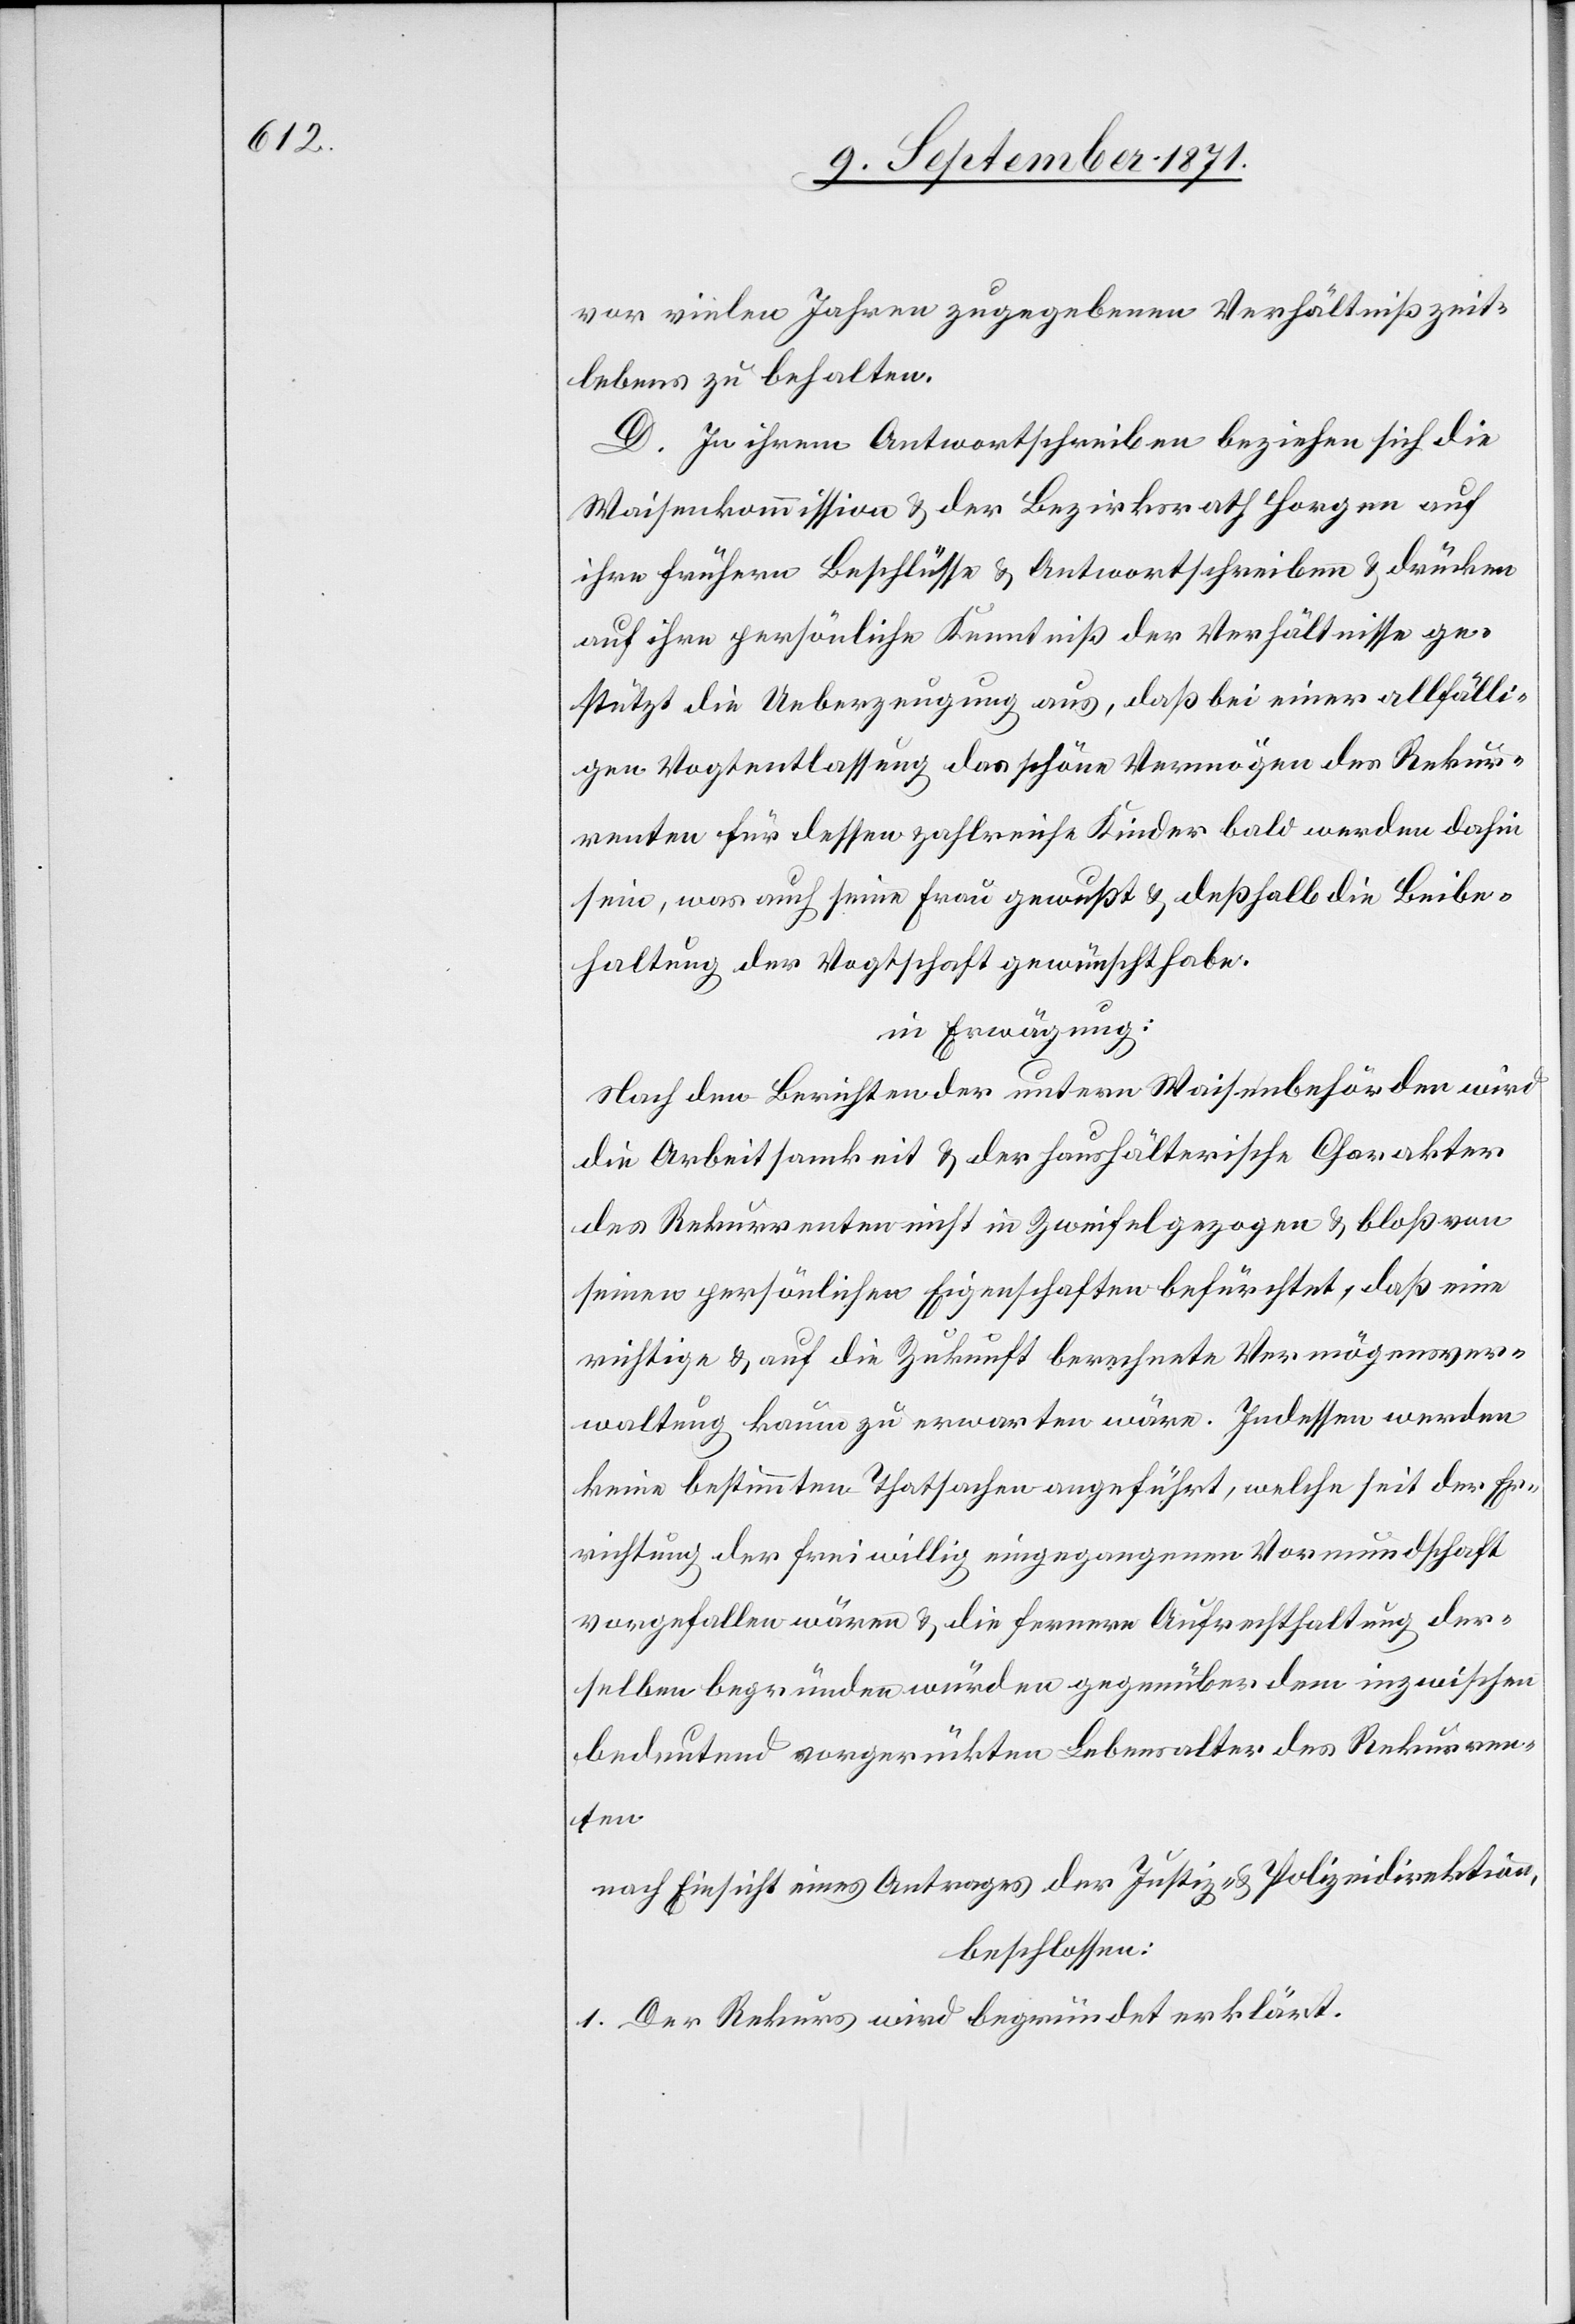
vor vielen Jahren zugegebenen Verhältniß zeit¬
lebens zu behalten.
D. In ihrem Antwortschreiben beziehen sich die
Waisenkommission & der Bezirksrath Horgen auf
ihre früheren Entschlüsse & Antwortschreiben & drücken
auf ihre persönliche Kenntniß der Verhältnisse ge¬
stützt die Ueberzeugung aus, daß bei einer allfälli¬
gen Vogtentlassung das schöne Vermögen des Rekur¬
renten für dessen zahlreiche Kinder bald werde dahin
sein, was auch seine Frau gewusst & deßhalb die Beibe¬
haltung der Vogtschaft gewünscht habe.
in Erwägung:
Nach den Berichten der untern Waisenbehörden wird
die Arbeitsamkeit & der haushälterische Charakter
des Rekurrenten nicht in Zweifel gezogen & bloß von
seinen persönlichen Eigenschaften befürchtet, daß eine
richtige & auf die Zukunft berechnete Vermögensver¬
waltung kaum zu erwarten wäre. Indessen werden
keine bestimmten Thatsachen angeführt, welche seit der Er¬
richtung der freiwillig eingegangenen Vormundschaft
vorgefallen wären & die fernere Aufrechthaltung der¬
selben begründen würden gegenüber dem inzwischen
bedeutend vorgerückten Lebensalter des Rekurren¬
ten.
nach Einsicht eines Antrages der Justiz- & Polizeidirektion
beschlossen:
1. Der Rekurs wird begründet erklärt.